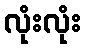
လုံးလုံး